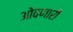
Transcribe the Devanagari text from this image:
ओवणारी